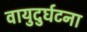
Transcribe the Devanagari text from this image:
वायुदुर्घटना